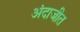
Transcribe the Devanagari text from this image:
अंदाजीत